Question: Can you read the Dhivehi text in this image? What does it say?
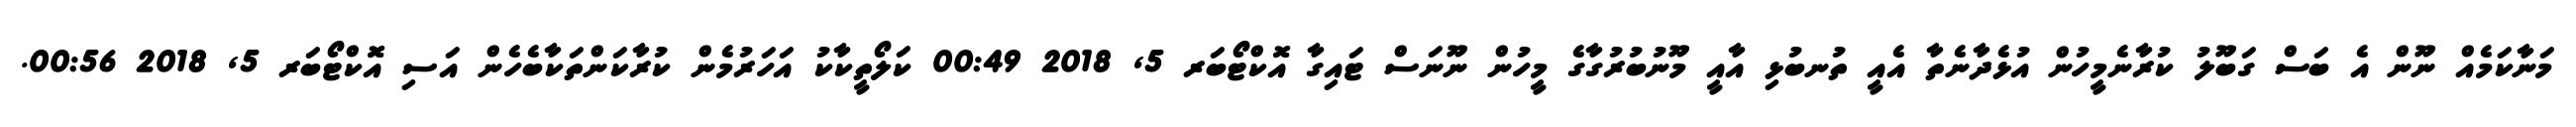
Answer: މަނާކަމެއް ނޫން އެ ބަސް ގަބޫލު ކުރާނެމީހުން އުޅެދާނެތާ އެއީ ތުނބުޅި އާއީ މޫނުބުރުގާގެ މީހުން ނޫނަސް ޓައިގާ އޮކްޓޯބަރ 5, 2018 00:49 ކަލޯތީކާކު އަހަރުމެން ކުރާކަންތަކާބެހެން އަސި އޮކްޓޯބަރ 5, 2018 00:56.